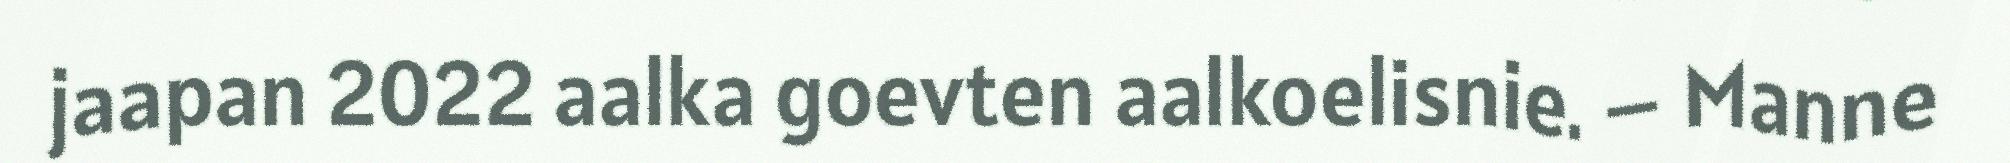
jaapan 2022 aalka goevten aalkoelisnie. – Manne